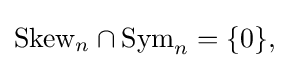
{\textstyle {\mbox{Skew}}_{n}\cap {\mbox{Sym}}_{n}=\{0\},}